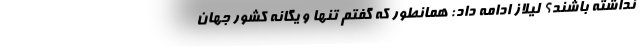
نداشته باشند؟ لیلاز ادامه داد: همانطور که گفتم تنها و یگانه کشور جهان